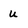
Character: u